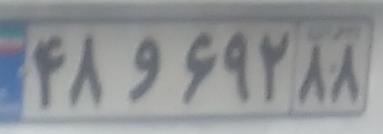
۴۸و۶۹۲۸۸